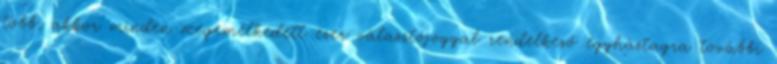
több, akkor minden megemelkedett ezer választójoggal rendelkező egyháztagra további